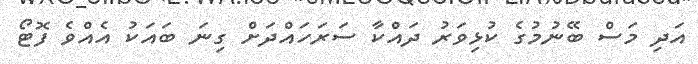
އަދި މަސް ބޭނުމުގެ ކުޅިވަރު ދައްކާ ސަރަހައްދަށް ގިނަ ބައަކު އެއްވެ ފޮޓޯ